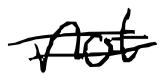
Text: not
Cross-out: double-line
Writing tool: digital_black